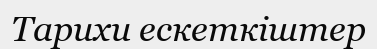
Тарихи ескеткіштер